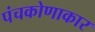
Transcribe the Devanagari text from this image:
पंचकोणाकार